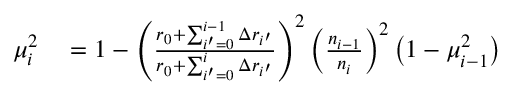
\begin{array} { r l } { \mu _ { i } ^ { 2 } } & { { } = 1 - \left( \frac { r _ { 0 } + \sum _ { i ^ { \prime } = 0 } ^ { i - 1 } \Delta r _ { i ^ { \prime } } } { r _ { 0 } + \sum _ { i ^ { \prime } = 0 } ^ { i } \Delta r _ { i ^ { \prime } } } \right) ^ { 2 } \left( \frac { n _ { i - 1 } } { n _ { i } } \right) ^ { 2 } \left( 1 - \mu _ { i - 1 } ^ { 2 } \right) } \end{array}